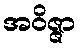
အဝိဇ္ဇာ